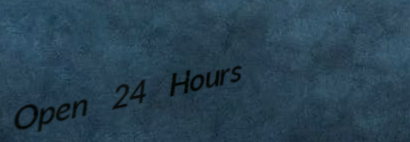
Open 24 Hours